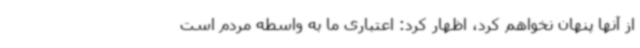
از آنها پنهان نخواهم کرد، اظهار کرد: اعتباری ما به واسطه مردم است